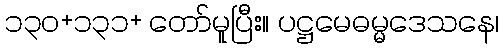
၁၃၀+၁၃၁+ တော်မူပြီး။ ပဋ္ဌမေဓမ္မဒေသနေ၊